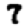
Digit: 7